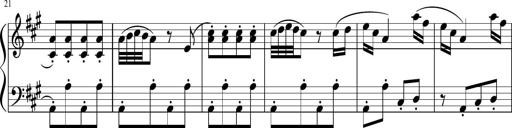
Title: 12 Keyboard Sonatinas
Composer: James Hook